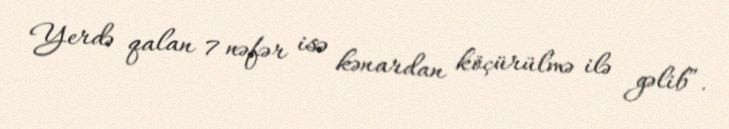
Yerdə qalan 7 nəfər isə kənardan köçürülmə ilə gəlib”.